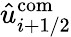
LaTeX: \hat{u}_{i+1/2}^{\mathrm{com}}